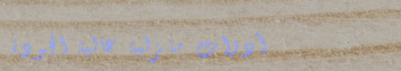
أدوات منزلية عالية الجودة